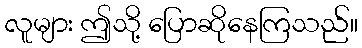
လူများ ဤသို့ ပြောဆိုနေကြသည်။